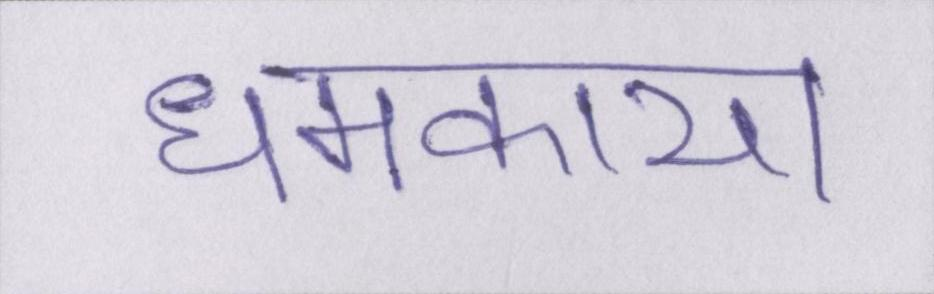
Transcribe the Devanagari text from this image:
धमकाया